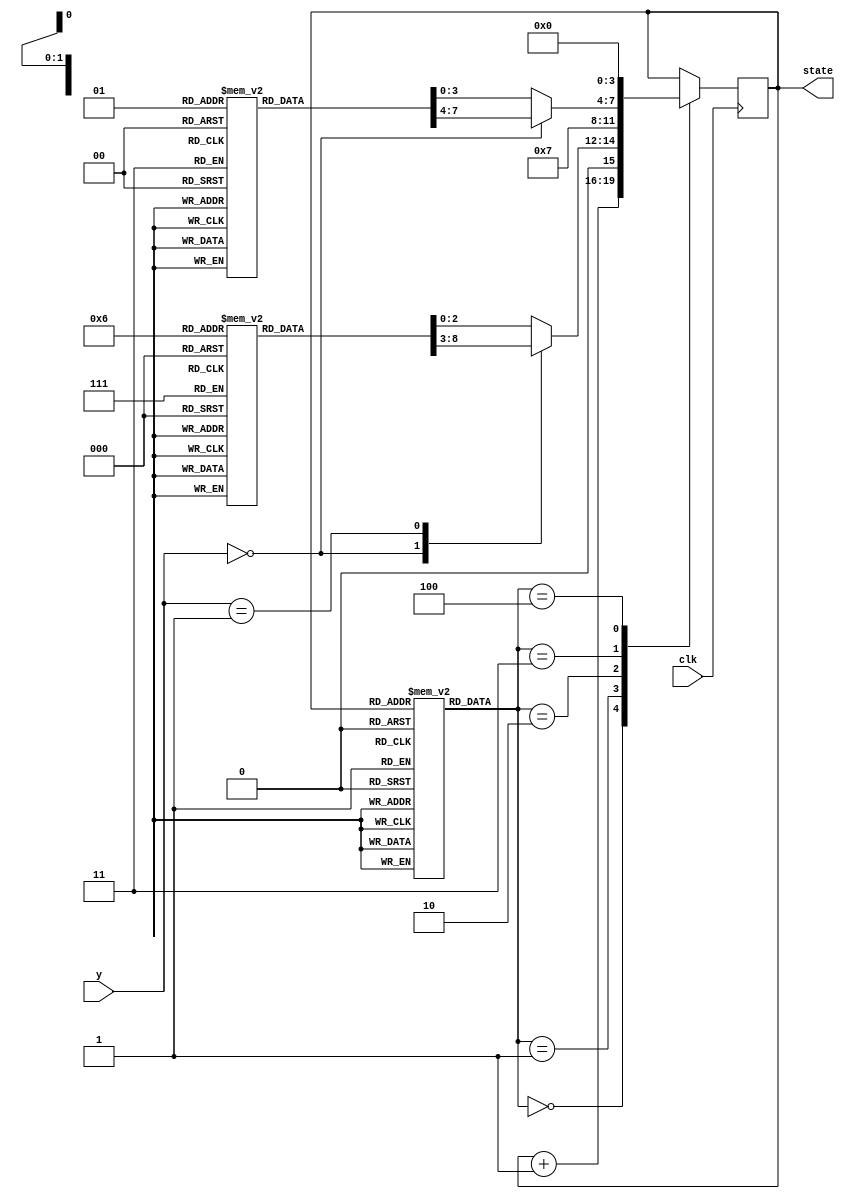
`define TICK #2
module fsm (y, clk, state);

	input [1:0] y;
	input clk;
	output reg [3:0] state;

	reg [2:0] dispatchROM1 [2:0]; 
	reg [3:0] dispatchROM2 [1:0]; 
	reg [2:0] microcodeROM [12:0];

	initial begin
		state = 0;

		dispatchROM1[0] = 4;
		dispatchROM1[1] = 5;	
		dispatchROM1[2] = 6;

		dispatchROM2[0] = 11;
		dispatchROM2[1] = 12;

		microcodeROM[0] = 0;
		microcodeROM[1] = 0;
		microcodeROM[2] = 0;
		microcodeROM[3] = 1;
		microcodeROM[4] = 2;
		microcodeROM[5] = 2;
		microcodeROM[6] = 0;
		microcodeROM[7] = 0;
		microcodeROM[8] = 0;
		microcodeROM[9] = 0;
		microcodeROM[10] = 3;
		microcodeROM[11] = 4;
		microcodeROM[12] = 4;
	end
               
	always @(posedge clk) begin 
		case (microcodeROM[state])
			0: state <= `TICK state + 1;
			1: begin
				case (y)
					2'b00: state <= `TICK dispatchROM1[0];
					2'b01: state <= `TICK dispatchROM1[1];
					default: state <= `TICK dispatchROM1[2];					 
				endcase
			end 
			2: state <= `TICK 7;
			3: begin
				case (y)
					2'b00: state <= `TICK dispatchROM2[0];
					default: state <= `TICK dispatchROM2[1];					 
				endcase
			end
			4: state <= `TICK 0;
		endcase
    end

endmodule